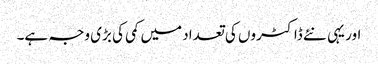
اور یہی نئے ڈاکٹروں کی تعداد میں کمی کی بڑی وجہ ہے۔